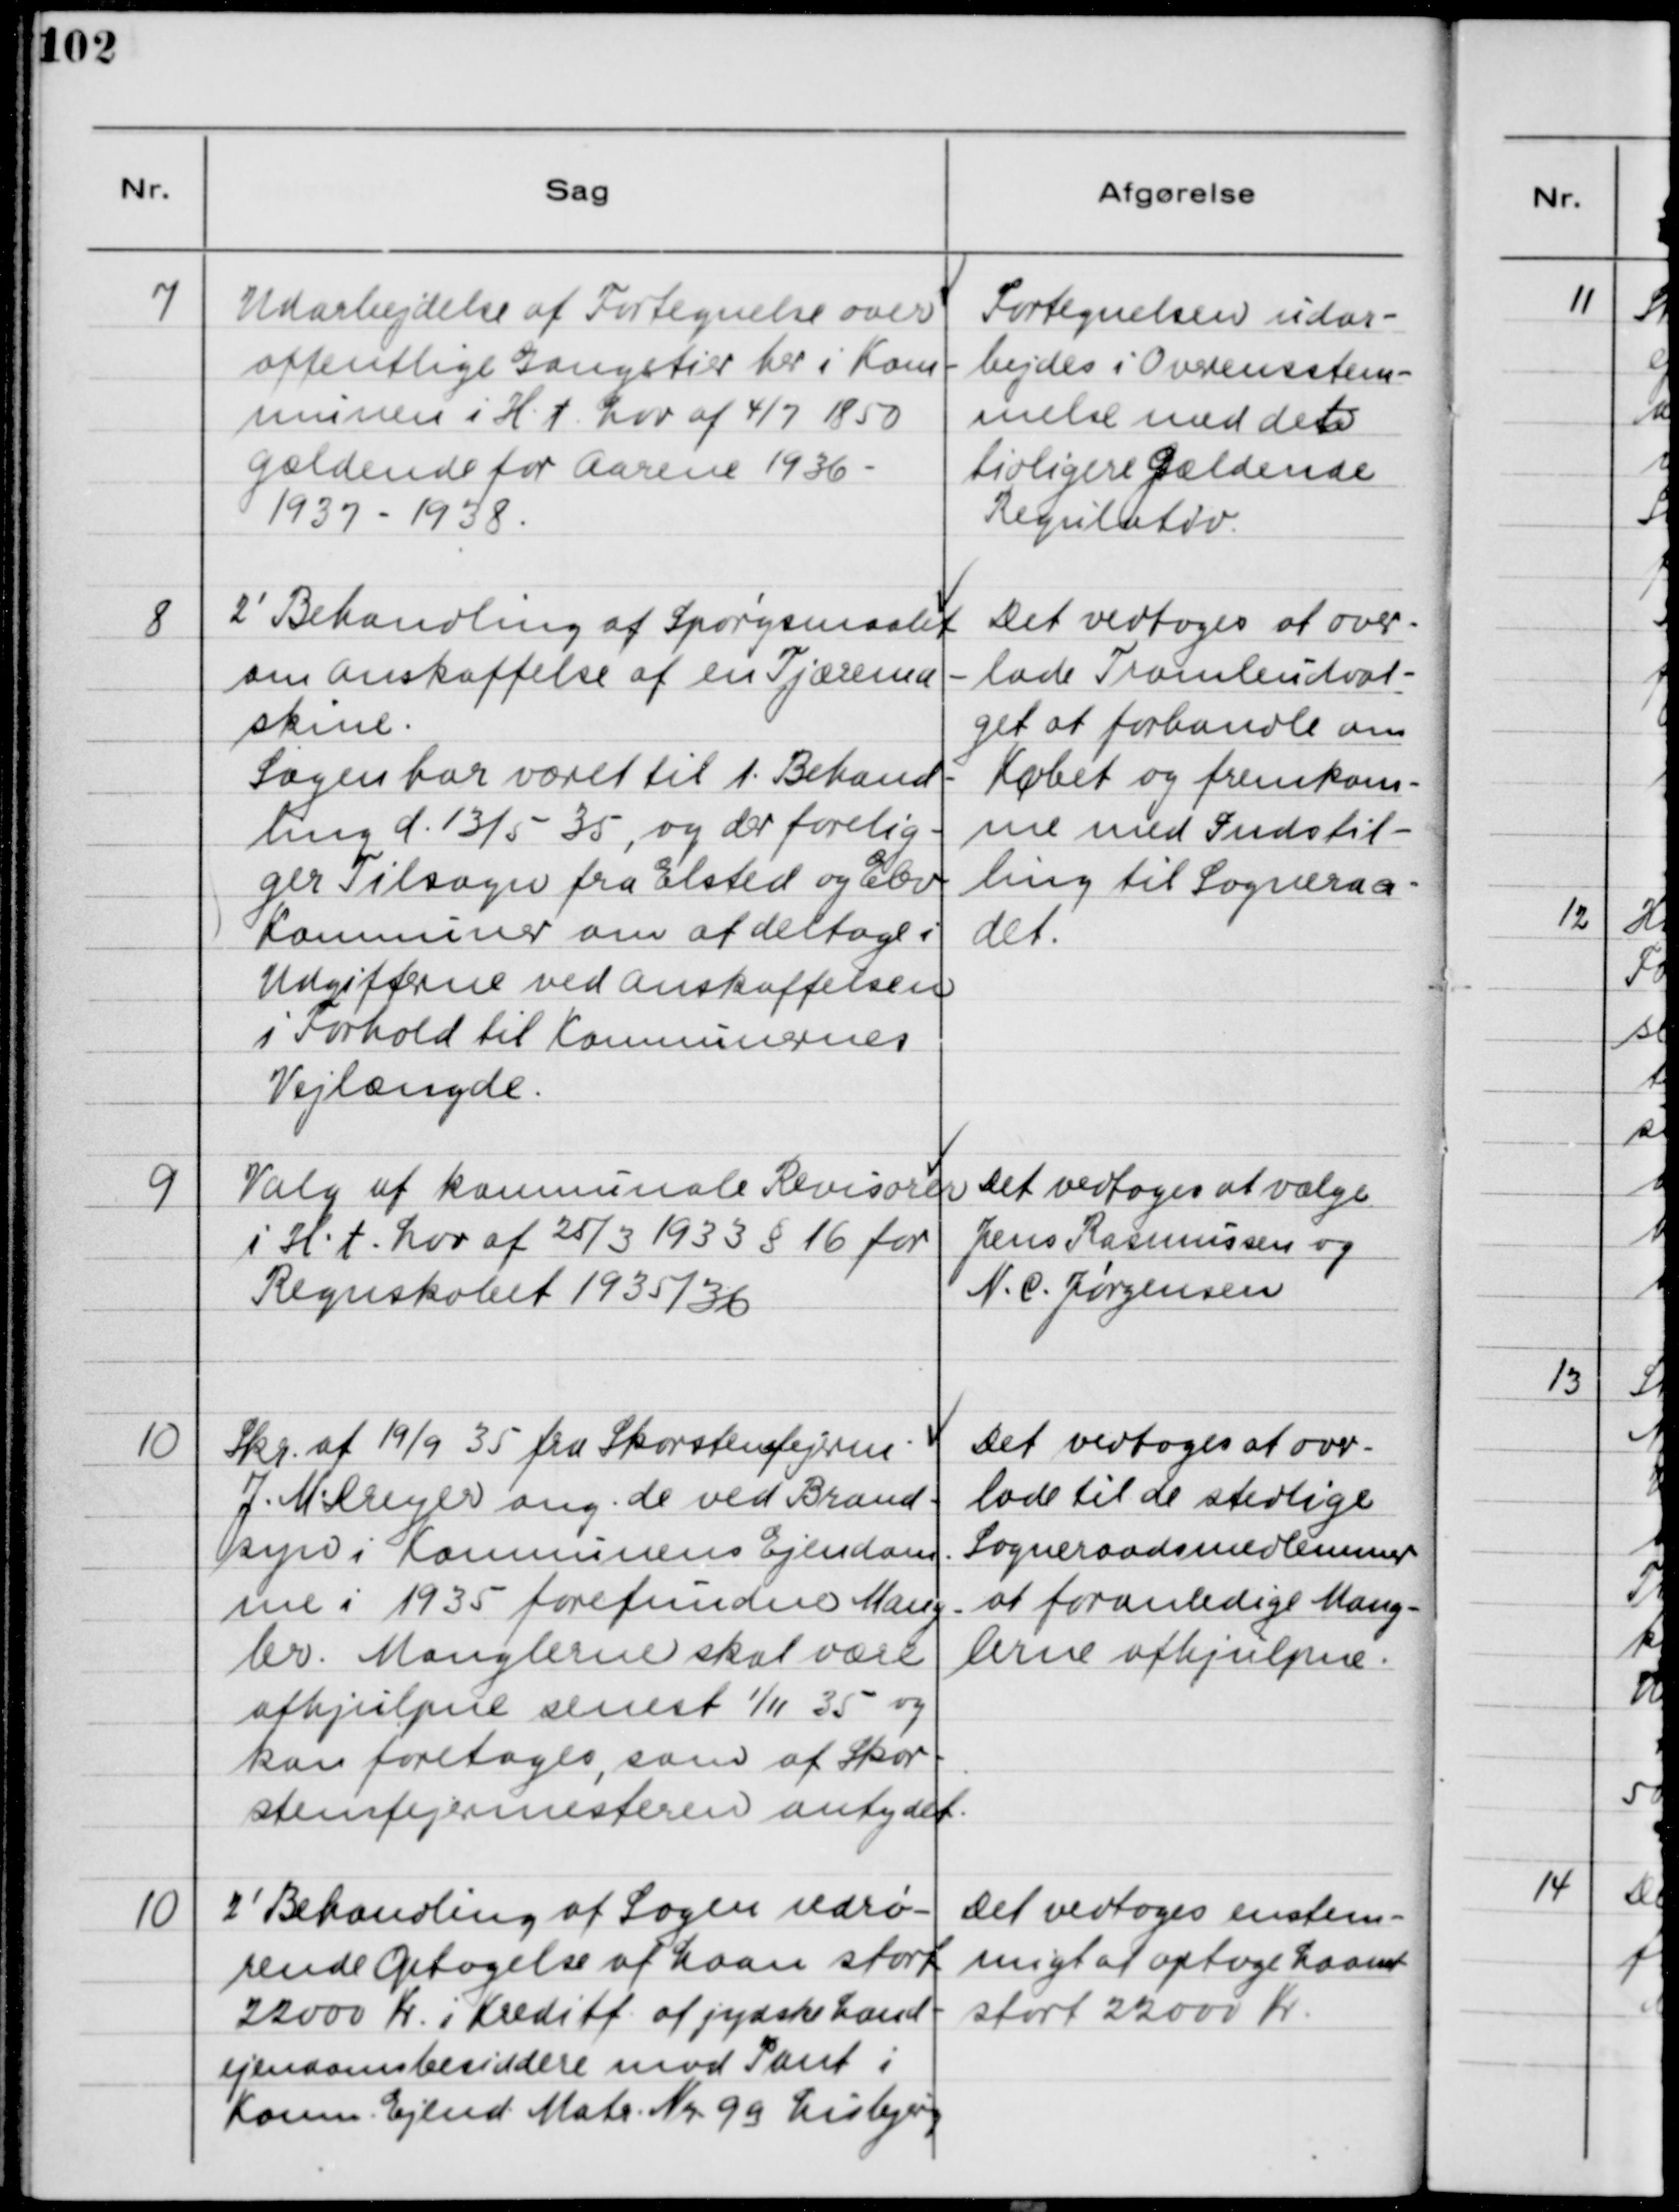
Transskription:
7
Udarbejdelse af Fortegnelse over
offentlige Gangstier her i Kom-
munen i H.t. Lov af 4/7 1850
gældende for Aarene 1936 -
1937- 1938.
Fortegnelsen udar-
bejdes i Overensstem-
melse med det
tioligere Gældende
Regulativ.
8
2' Behandling af Spørgsmaalet
omn Anskaffelse af en Tjærema-
skml.
Sagen har været til 1. Behand-
ling d. 13/5 - 35, og der forelig-
ger Tilsagn fra Elsted og Elev
Kommuner om af deltage i
Udgifterne ved anskaffelsen.
i Forhold til Kommunernes.
Vejlængde.
Det vedtoges at over-
lade Tromleudval-
get at forbandle om
Købet og fremkom-
me med Indstil-
ling til Sogneraa-
det.
9
Valg af kommunale Revisorer
i H.t. Lov af 25/3 1933 § 16 for
Regnskabet 1935/36
Det vedtoges at vælge
Jens Rasmussen og
N.C. Jørgensen
10
Skr. af 19/9 35 fra Skorstensfejerne
J. M. Dreyer ang. de ved Brand-
syn i Kommuens Ejendom-
me i 1935 forefundne Mang-
ler. Manglerne skal være
afhjulpne senest 1/11 35 og
kan foretages, som af Skor-
stensfejermesteren antydet.
Det vedtoges at over-
lade til de stedlige
Sogneraadsmedlemmer
at foranledige Mang-
lerne afhjulpne.
10
2' Behandling af Sagen vedrø-
rende Optagelse af Laan stort
22000 Kr. i Kreditt af jydske Land-
ejendomsbesiddere mod Pant i
Komm. Ejend. Matr. Nr. 9a Lisbjerg
Det vedtoges enstem-
migt af optage Laanet
stort 22000 Kr.